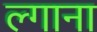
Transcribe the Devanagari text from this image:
ल्गाना